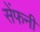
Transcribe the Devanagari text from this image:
सेंफनी